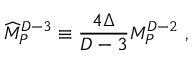
{ \widehat M } _ { P } ^ { D - 3 } \equiv { \frac { 4 \Delta } { D - 3 } } M _ { P } ^ { D - 2 } ~ ,